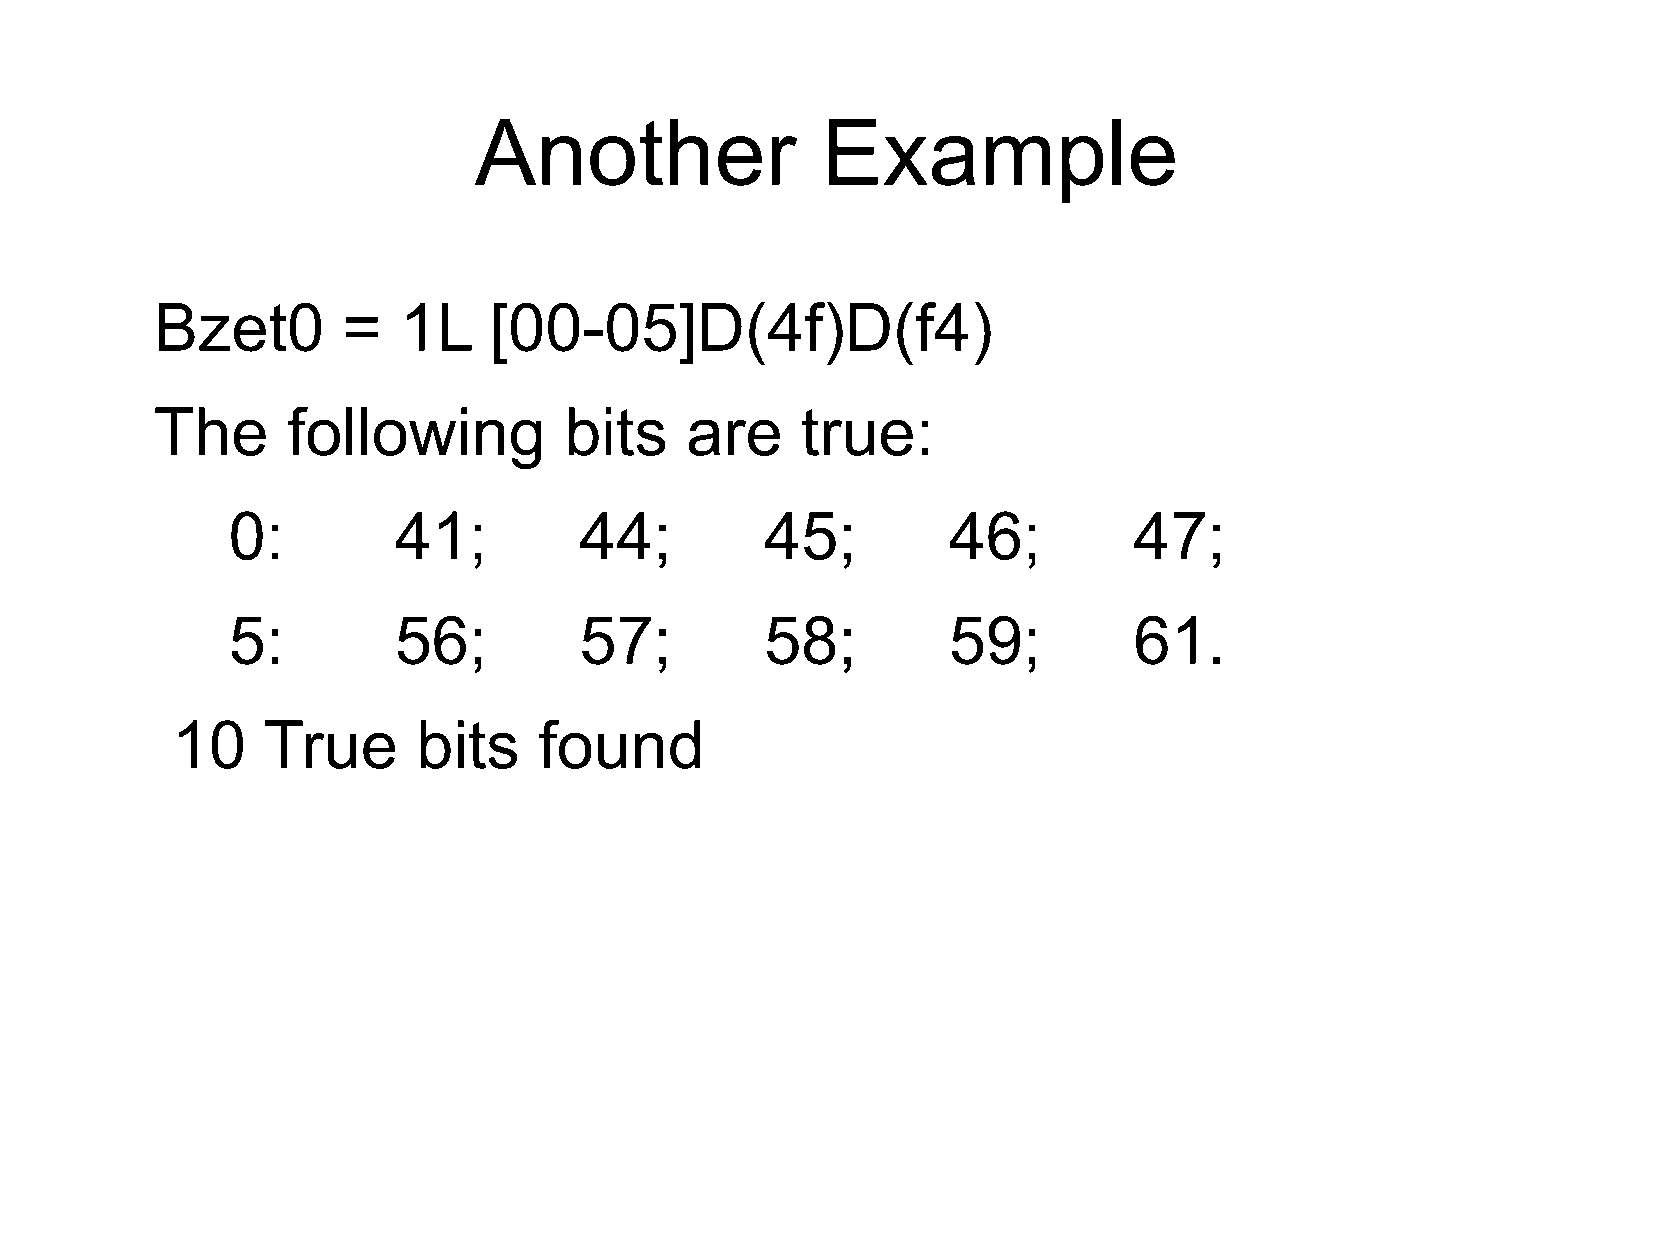
Another                Example
 Bzet0        =  1L    [00-05]D(4f)D(f4)
 The      following         bits    are     true:
 0:         41;         44;          45;         46;         47;
 5:         56;         57;          58;         59;         61.
 10    True       bits    found